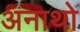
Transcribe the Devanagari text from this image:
अनाथो